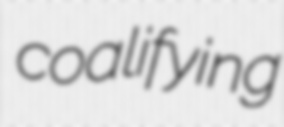
coalifying